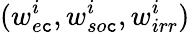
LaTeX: (w_{e\mathtt{c}}^{i},w_{so\mathtt{c}}^{i},w_{irr}^{i})